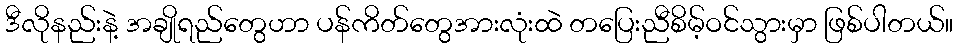
ဒီလိုနည်းနဲ့ အချိုရည်တွေဟာ ပန်ကိတ်တွေအားလုံးထဲ တပြေးညီစိမ့်ဝင်သွားမှာ ဖြစ်ပါတယ်။